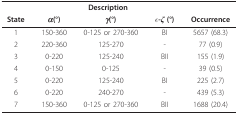
|  | <COLSPAN=3> Description |  |
 | State | α(°) | γ(°) | ε-ζ (°) | Occurrence |
 | --- | --- | --- | --- | --- |
 | 1 | 150-360 | 0-125 or 270-360 | BI | 5657 (68.3) |
 | 2 | 220-360 | 125-270 | - | 77 (0.9) |
 | 3 | 0-220 | 125-240 | BII | 155 (1.9) |
 | 4 | 0-150 | 0-125 | - | 39 (0.5) |
 | 5 | 0-220 | 125-240 | BI | 225 (2.7) |
 | 6 | 0-220 | 240-270 | - | 439 (5.3) |
 | 7 | 150-360 | 0-125 or 270-360 | BII | 1688 (20.4) |